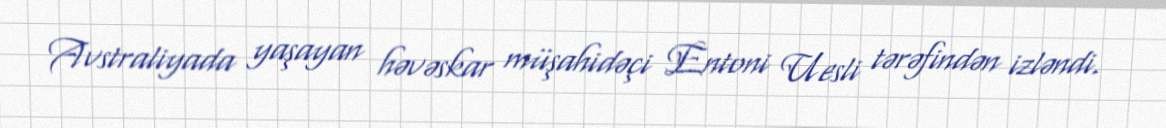
Avstraliyada yaşayan həvəskar müşahidəçi Entoni Uesli tərəfindən izləndi.